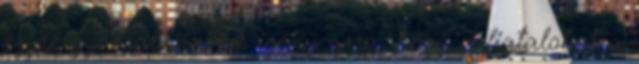
egyre gyakrabban az igény arra, hogy a fiatalokat a